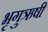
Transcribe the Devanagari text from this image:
भृगुऋषी